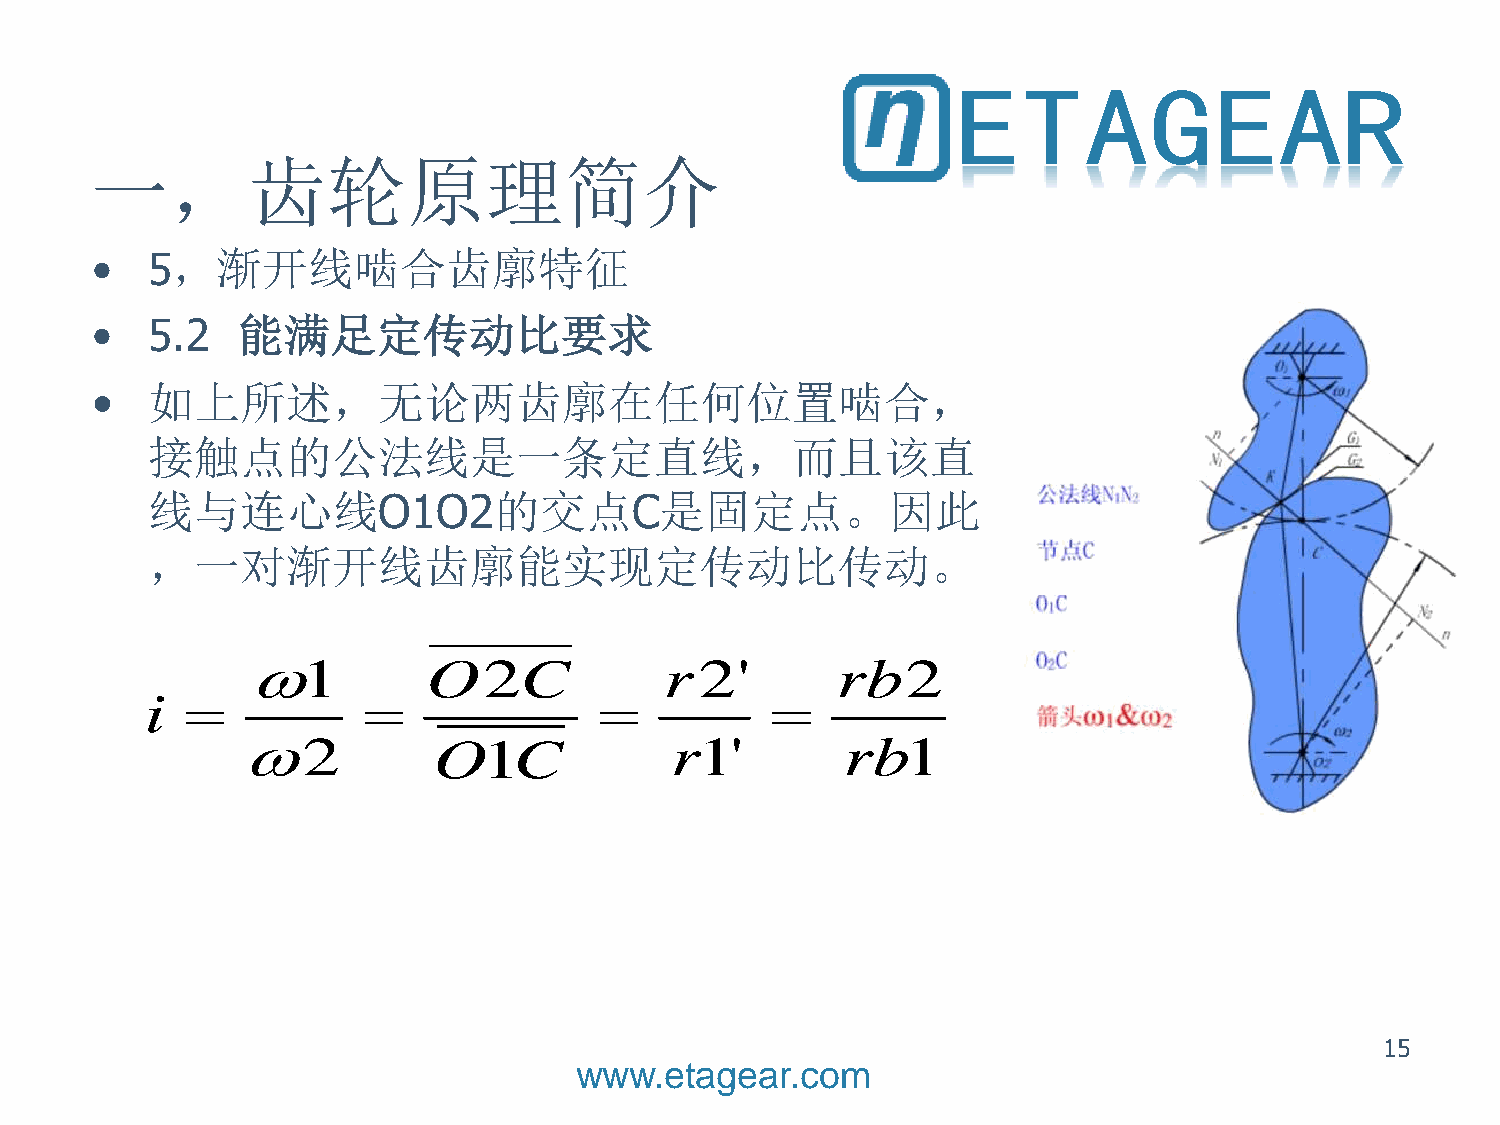
一，齿轮原理简介
 •   5，渐开线啮合齿廓特征
 •   5.2   能满足定传动比要求
 •   如上所述，无论两齿廓在任何位置啮合，
 接触点的公法线是一条定直线，而且该直
 线与连心线O1O2的交点C是固定点。因此
 ，一对渐开线齿廓能实现定传动比传动。
 1          O2C             r 2'       rb2
 i                                     
 2           O1C            r1'         rb1
 15
 www.etagear.com